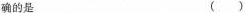
确的是()